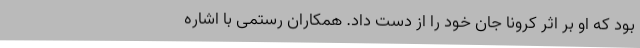
بود که او بر اثر کرونا جان خود را از دست داد. همکاران رستمی با اشاره